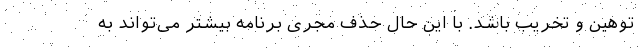
توهین و تخریب باشد. با این حال حذف مجری برنامه بیشتر می‌تواند به